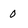
Character: 0